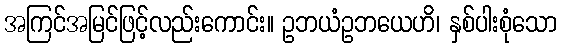
အကြင်အမြင်ဖြင့်လည်းကောင်း။ ဥဘယံဥဘယေဟိ၊ နှစ်ပါးစုံသော